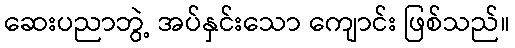
ဆေးပညာဘွဲ့ အပ်နှင်းသော ကျောင်း ဖြစ်သည်။